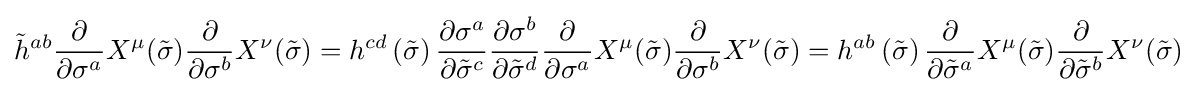
{\tilde {h}}^{ab}{\frac {\partial }{\partial {\sigma }^{a}}}X^{\mu }({\tilde {\sigma }}){\frac {\partial }{\partial \sigma ^{b}}}X^{\nu }({\tilde {\sigma }})=h^{cd}\left({\tilde {\sigma }}\right){\frac {\partial \sigma ^{a}}{\partial {\tilde {\sigma }}^{c}}}{\frac {\partial \sigma ^{b}}{\partial {\tilde {\sigma }}^{d}}}{\frac {\partial }{\partial \sigma ^{a}}}X^{\mu }({\tilde {\sigma }}){\frac {\partial }{\partial {\sigma }^{b}}}X^{\nu }({\tilde {\sigma }})=h^{ab}\left({\tilde {\sigma }}\right){\frac {\partial }{\partial {\tilde {\sigma }}^{a}}}X^{\mu }({\tilde {\sigma }}){\frac {\partial }{\partial {\tilde {\sigma }}^{b}}}X^{\nu }({\tilde {\sigma }})